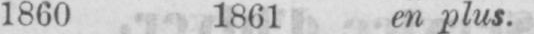
1860 1861 en plus.